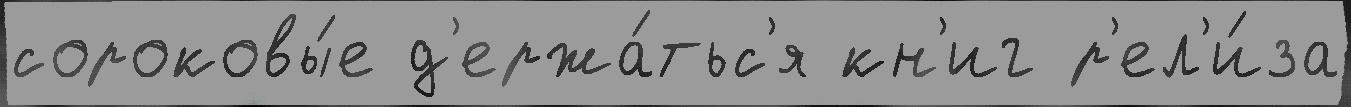
сороковы́е д'ержа́тьс'я кн'иг р'ел'и́за